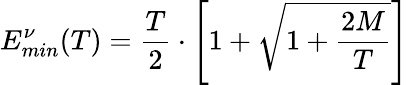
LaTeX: E_{min}^{\nu}(T)=\frac{T}{2}\cdot\left[1+\sqrt{1+\frac{2M}{T}}\right]